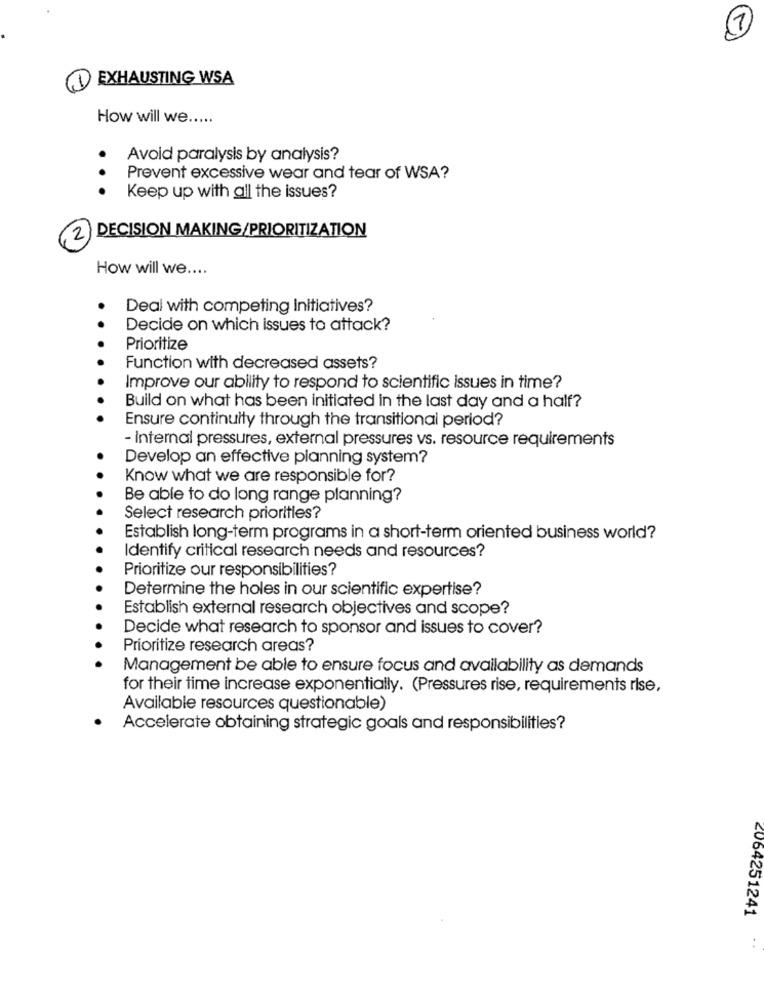
7
EXHAUSTING WSA
How will we .....
Avoid paralysis by analysis?
Prevent excessive wear and tear of WSA?
Keep up with all the issues?
DECISION MAKING/PRIORITIZATION
2
How will we ....
Deal with competing Initiatives?
Decide on which issues to attack?
Prioritize
Function with decreased assets?
Improve our ability to respond to scientific issues in time?
Build on what has been initiated in the last day and a half?
Ensure continuity through the transitional period?
- Internal pressures, external pressures vs. resource requirements
Develop an effective planning system?
Know what we are responsible for?
Be able to do long range planning?
Select research priorities?
Establish long-term programs in a short-term oriented business world?
Identify critical research needs and resources?
Prioritize our responsibilities?
Determine the holes in our scientific expertise?
Establish external research objectives and scope?
Decide what research to sponsor and issues to cover?
Prioritize research areas?
Management be able to ensure focus and availability as demands
for their time increase exponentially. (Pressures rise, requirements rise,
Available resources questionable)
Accelerate obtaining strategic goals and responsibilities?
2064251241
: